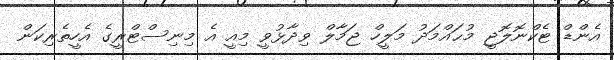
އެންޑް ޓެކްނޮލޮޖީ މުޙައްމަދު މަލީހް ޖަމާލް ވިދާޅުވީ މިއީ އެ މިނިސްޓްރީގެ އެހީތެރިކަން